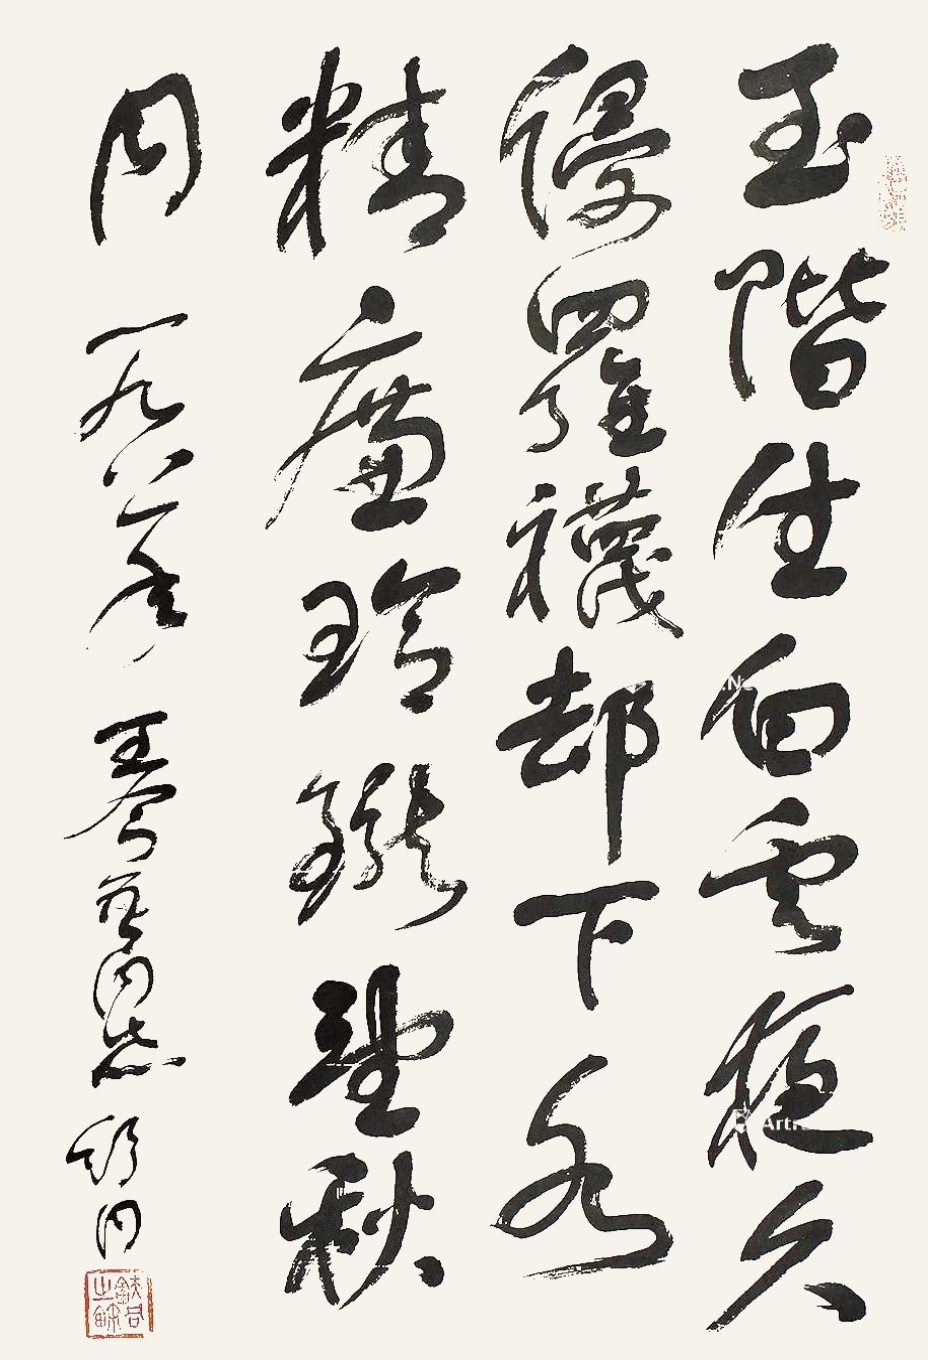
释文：玉阶生白云，夜久侵罗袜。却下水精帘，玲珑望秋月。一九八一年，王令吾同志，舒同。